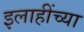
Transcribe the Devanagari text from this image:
इलाहींच्या